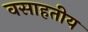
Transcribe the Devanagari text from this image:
वसाहतीय